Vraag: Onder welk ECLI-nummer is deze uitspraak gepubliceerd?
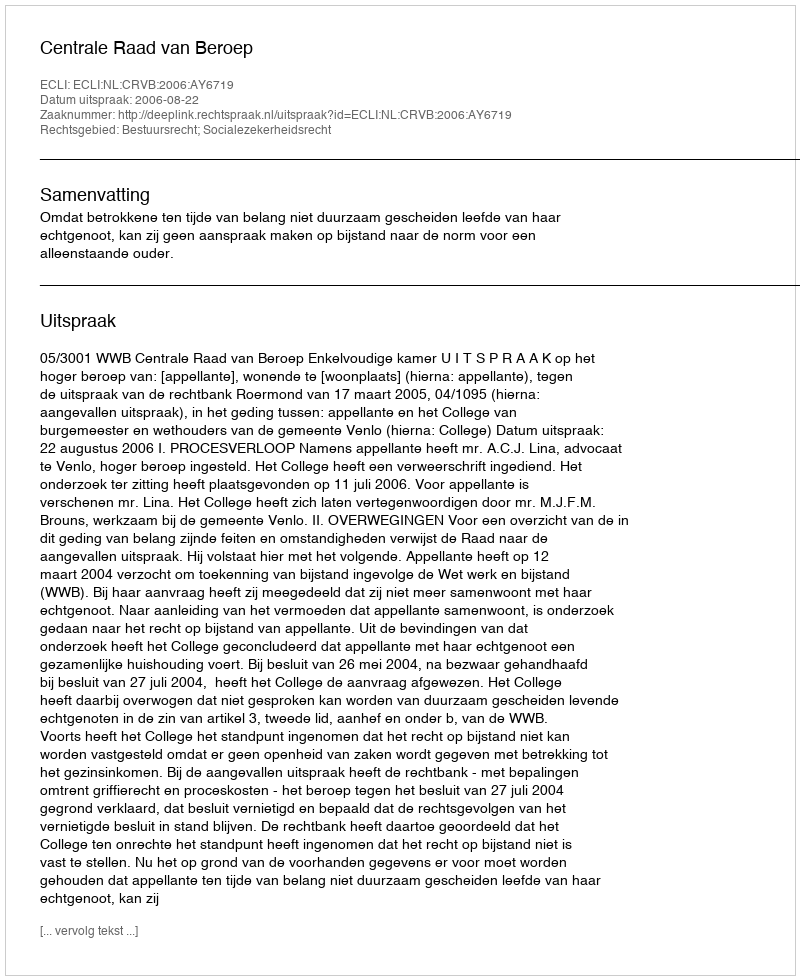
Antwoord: ECLI:NL:CRVB:2006:AY6719